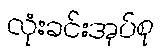
လုံးခင်းအုပ်စု